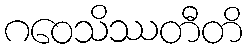
ဂဝေသိဿတီတိ